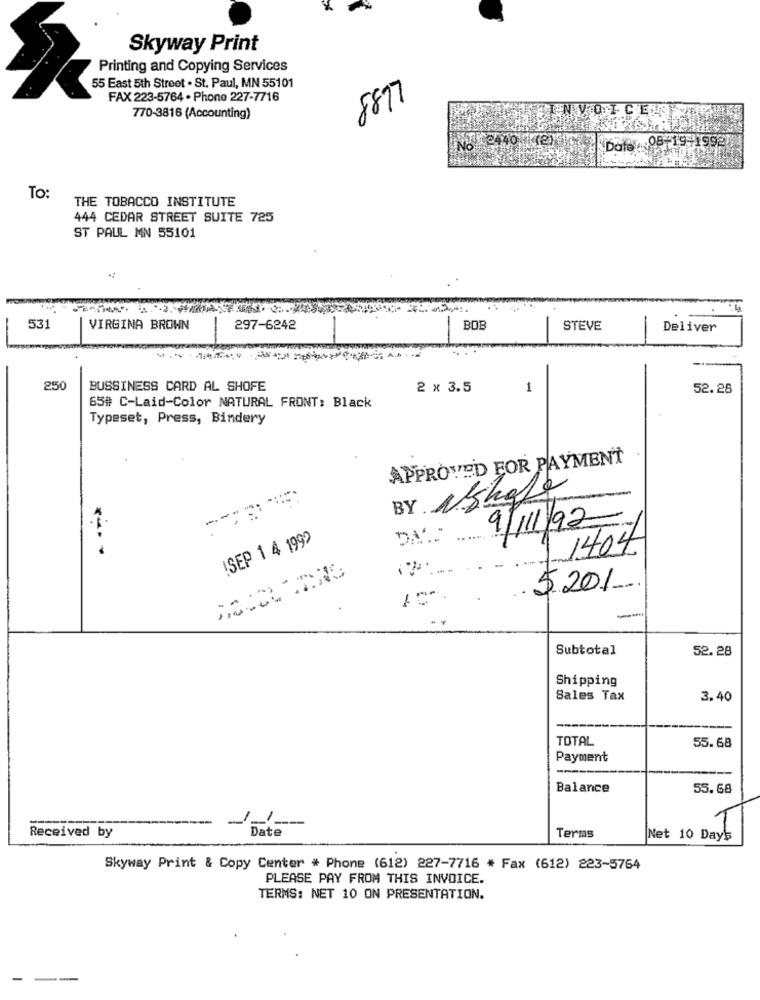
Skyway Print
Printing and Copying Services
55 East 5th Street . St. Paul, MN 55101
FAX 223-5764 . Phone 227-7716
8877
LEN VION
770-3816 (Accounting)
Date : 957
08-1941992
To:
THE TOBACCO INSTITUTE
444 CEDAR STREET SUITE 725
ST PAUL MN 55101
531
VIRGINA BROWN
297-6242
BOB
STEVE
Deliver
250
BUSSINESS CARD AL SHOFE
2 x 3.5
1
52.28
65# C-Laid-Color NATURAL FRONT: Black
Typeset, Press, Bindery
APPROVED FOR PAYMENT
BY Nshale
9/111/92
!SEP 1 4 1999
DA ...
1404
$201.
.
Subtotal
52.28
Shipping
Sales Tax
3.40
TOTAL
55.68
Payment
Balance
55.68
---
/ ---
Date
Received by
Terms
Net 10 Day's
Skyway Print & Copy Center * Phone (612) 227-7716 * Fax (612) 223-5764
PLEASE PAY FROM THIS INVOICE.
TERMS: NET 10 ON PRESENTATION.
-
--